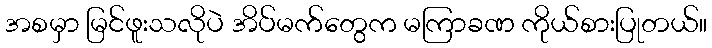
အစမှာ မြင်ဖူးသလိုပဲ အိပ်မက်တွေက မကြာခဏ ကိုယ်စားပြုတယ်။